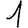
Digit: 1